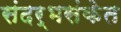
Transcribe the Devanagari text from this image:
संदर्भसंकेत